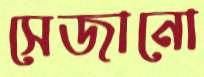
সেজানো